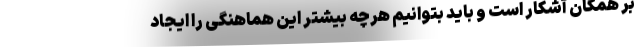
بر همگان آشکار است و باید بتوانیم هرچه بیشتر این هماهنگی را ایجاد